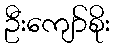
ဦးကျော်စိုး